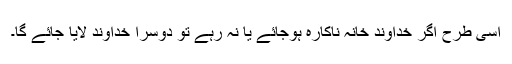
اسی طرح اگر خداوندِ خانہ ناکارہ ہوجائے یا نہ رہے تو دوسرا خداوند لایا جائے گا۔